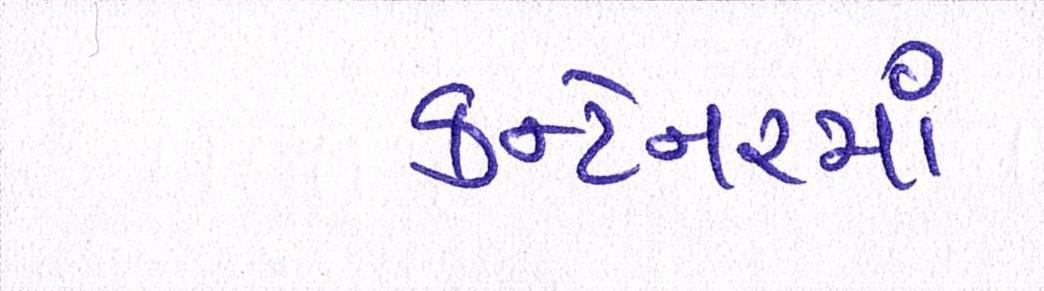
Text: કન્ટેનરમાં